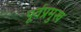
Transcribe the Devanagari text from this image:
पूर्वप्रमुख